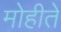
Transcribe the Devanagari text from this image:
मोहीते